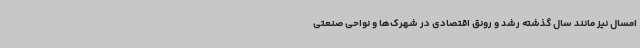
امسال نیز مانند سال گذشته رشد و رونق اقتصادی در شهرک‌ها و نواحی صنعتی